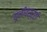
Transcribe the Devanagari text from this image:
यूनीवस्र्टी